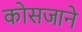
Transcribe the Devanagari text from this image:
कोसजाने